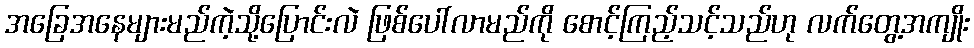
အခြေအနေများမည်ကဲ့သို့ပြောင်းလဲ ဖြစ်ပေါ်လာမည်ကို စောင့်ကြည့်သင့်သည်ဟု လက်တွေ့အကျိုး